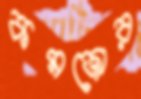
কমজোর